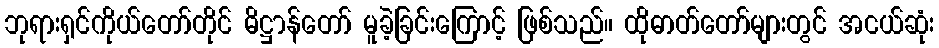
ဘုရားရှင်ကိုယ်တော်တိုင် ဓိဋ္ဌာန်တော် မူခဲ့ခြင်းကြောင့် ဖြစ်သည်။ ထိုဓာတ်တော်များတွင် အငယ်ဆုံး